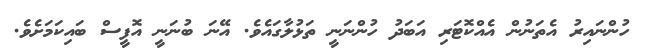
ހުންނައިރު އެތަނުން އެއްކޮޓަރި އަބަދު ހުންނަނީ ތަޅުލާގައެވެ. އޭނަ ބުނަނީ އޮފީސް ބައިކަމަށެވެ.